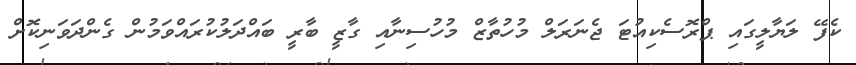
ކެފޭ ލަޔާލީގައި ޕްރޮސެކިއުޓަ ޖެނަރަލް މުހުތާޒް މުހުސިނާއި ގާޒީ ބާރީ ބައްދަލުކުރައްވަމުން ގެންދަވަނިކޮށް